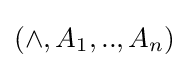
(\land ,A_{1},..,A_{n})